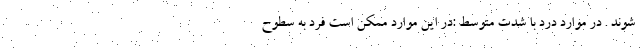
شوند . در موارد درد با شدت متوسط :در این موارد ممکن است فرد به سطوح